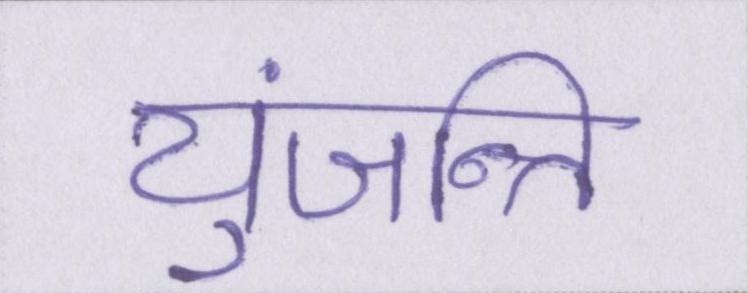
युंजन्ति